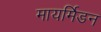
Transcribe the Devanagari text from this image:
मायर्मिडन